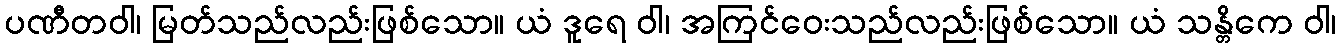
ပဏီတဝါ၊ မြတ်သည်လည်းဖြစ်သော။ ယံ ဒူရေ ဝါ၊ အကြင်ဝေးသည်လည်းဖြစ်သော။ ယံ သန္တိကေ ဝါ၊